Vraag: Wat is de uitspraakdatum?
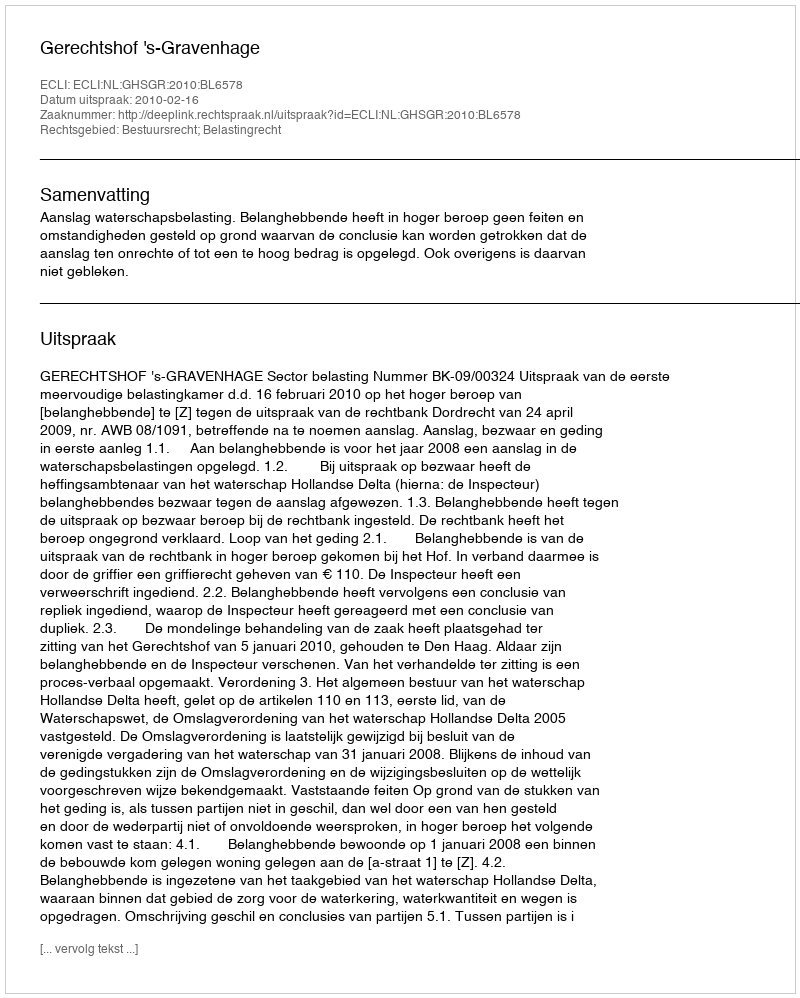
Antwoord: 2010-02-16